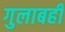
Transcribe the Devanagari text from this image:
गुलाबही